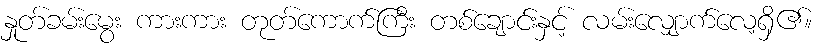
နှုတ်ခမ်းမွေး ကားကား တုတ်ကောက်ကြီး တစ်ချောင်းနှင့် လမ်းလျှောက်လေ့ရှိ၏။